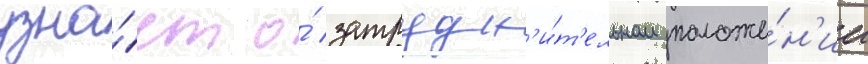
узна́ет о́ затрудн'и́т'ельном положе́н'ии